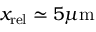
x _ { \mathrm { r e l } } \simeq 5 \mu \mathrm { m }